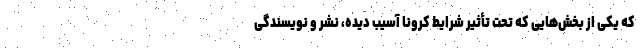
که یکی از بخش‌هایی که تحت تأثیر شرایط کرونا آسیب دیده، نشر و نویسندگی